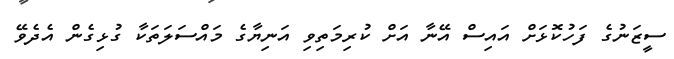
ސީޒަނުގެ ފަހުކޮޅަށް އައިސް އޭނާ އަށް ކުރިމަތިވި އަނިޔާގެ މައްސަލަތަކާ ގުޅިގެން އެދެވޭ